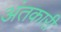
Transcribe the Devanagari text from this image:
अंतकारी